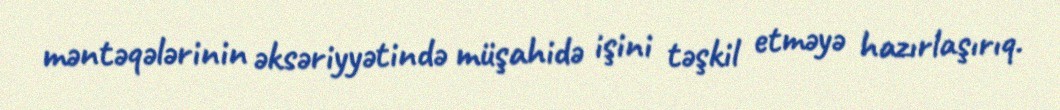
məntəqələrinin əksəriyyətində müşahidə işini təşkil etməyə hazırlaşırıq.